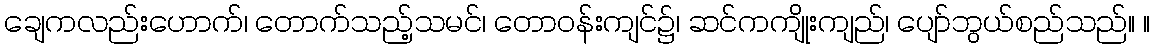
ချေကလည်းဟောက်၊ တောက်သည့်သမင်၊ တောဝန်းကျင်၌၊ ဆင်ကကျိုးကျည်၊ ပျော်ဘွယ်စည်သည်။ ။